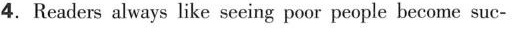
4.Readers always like seeing poor people become suc-